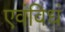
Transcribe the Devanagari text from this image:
एवंविधं